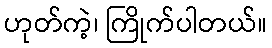
ဟုတ်ကဲ့၊ ကြိုက်ပါတယ်။